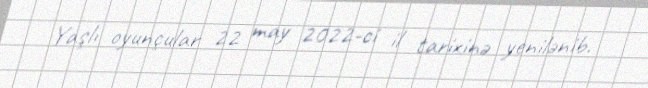
Yaşlı oyunçular 22 may 2022-ci il tarixinə yenilənib.